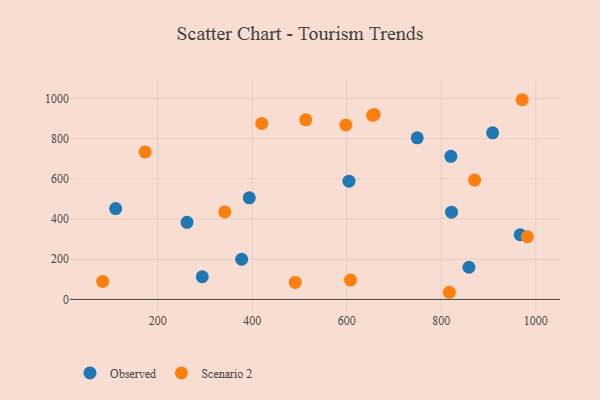
{"axis": {"x": "Ad Spend", "y": "Salary"}, "legend": ["Observed", "Scenario 2"], "data": [{"x": "749.2", "y": 803.5, "type": "Observed"}, {"x": "908.8", "y": 828.6, "type": "Observed"}, {"x": "967.1", "y": 321.6, "type": "Observed"}, {"x": "294.1", "y": 112.7, "type": "Observed"}, {"x": "858.7", "y": 160.1, "type": "Observed"}, {"x": "261.8", "y": 383.2, "type": "Observed"}, {"x": "820.4", "y": 711.5, "type": "Observed"}, {"x": "821.8", "y": 433.8, "type": "Observed"}, {"x": "393.7", "y": 505.3, "type": "Observed"}, {"x": "377.5", "y": 199.9, "type": "Observed"}, {"x": "110.8", "y": 451.9, "type": "Observed"}, {"x": "604.7", "y": 588.1, "type": "Observed"}, {"x": "971.4", "y": 993.1, "type": "Scenario 2"}, {"x": "607.9", "y": 96.3, "type": "Scenario 2"}, {"x": "83.2", "y": 89.6, "type": "Scenario 2"}, {"x": "173.1", "y": 733.6, "type": "Scenario 2"}, {"x": "658.0", "y": 920.2, "type": "Scenario 2"}, {"x": "654.8", "y": 915.3, "type": "Scenario 2"}, {"x": "513.2", "y": 892.9, "type": "Scenario 2"}, {"x": "598.1", "y": 867.4, "type": "Scenario 2"}, {"x": "490.8", "y": 84.7, "type": "Scenario 2"}, {"x": "420.0", "y": 875.3, "type": "Scenario 2"}, {"x": "341.7", "y": 435.4, "type": "Scenario 2"}, {"x": "982.4", "y": 311.6, "type": "Scenario 2"}, {"x": "870.6", "y": 593.3, "type": "Scenario 2"}, {"x": "817.1", "y": 35.6, "type": "Scenario 2"}]}